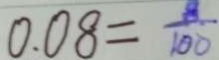
0 . 0 8 = \frac { 8 } { 1 0 0 }